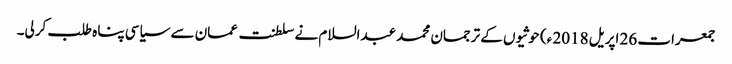
جمعرات 26 اپریل 2018 ء) حوثیوں کے ترجمان محمد عبدالسلام نے سلطنت عمان سے سیاسی پناہ طلب کرلی۔